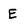
Character: E